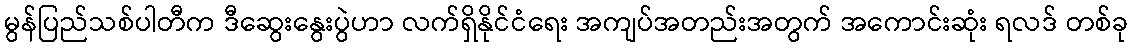
မွန်ပြည်သစ်ပါတီက ဒီဆွေးနွေးပွဲဟာ လက်ရှိနိုင်ငံရေး အကျပ်အတည်းအတွက် အကောင်းဆုံး ရလဒ် တစ်ခု